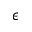
\epsilon